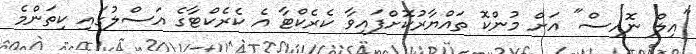
"އިލް ނޮއިސް" އަށް މުންކޮ ތައްޔާރުކޮށްފައިވާ ކެރެކްޓާ އެ ކެރެކްޓާގެ އަސްލުގައި ކިތަންމެ